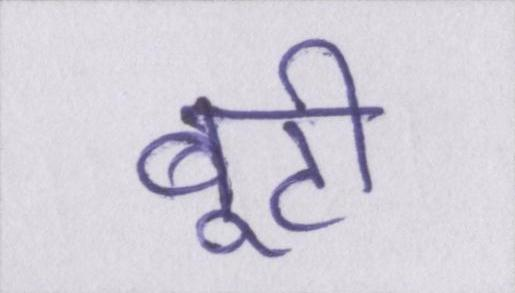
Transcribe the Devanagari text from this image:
बूटी